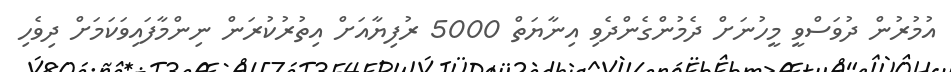
އުމުރުން ދުވަސްވީ މީހުނަށް ދެމުންގެންދެވި އިނާޔަތް 5000 ރުފިޔާއަށް އިތުރުކުރަން ނިންމާފައިވަކަމަށް ދިވެހި